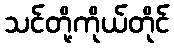
သင်တို့ကိုယ်တိုင်